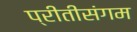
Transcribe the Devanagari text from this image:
प्रीतीसंगम